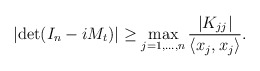
\begin{align*} \left|\det(I_n - i M_t) \right| \geq \max_{j = 1, \ldots, n} \frac{|K_{jj}|}{\langle x_j, x_j \rangle}. \end{align*}